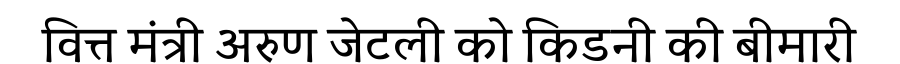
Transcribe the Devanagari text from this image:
वित्त मंत्री अरुण जेटली को किडनी की बीमारी